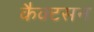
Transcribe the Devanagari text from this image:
कैक्टसन